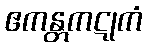
ဧကန္တကဋုကံ